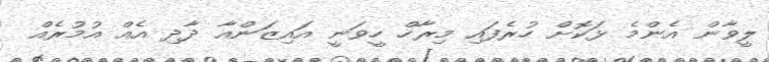
ލީވާން އެންމެ ޅަކޮށް ހުރެފައި މިރާހް ހީވަނީ އައިޒަންއާ ދާދި އެއް އުމުރެއް